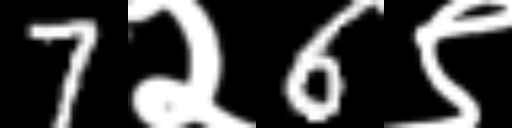
Text: 7२6९